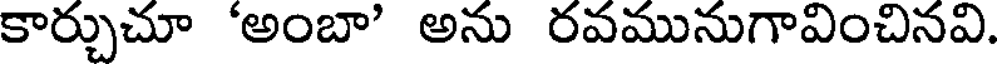
కార్చుచూ 'అంబా' అను రవమునుగావించినవి.